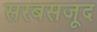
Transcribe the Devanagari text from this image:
सरबसजूद